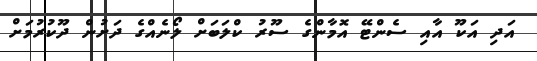
އަދި އަކޫ އާއި ސެންޓޭ އޮމާންގެ ސޫރު ކްލަބަށް ލޯނެއްގެ ދަށުން ދޫކުރުމަށް